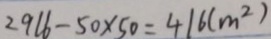
2 9 1 6 - 5 0 \times 5 0 = 4 1 6 ( m ^ { 2 } )